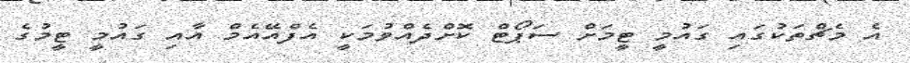
އެ މެޗްތަކުގައި ގައުމީ ޓީމަށް ސަޕޯޓް ކޮށްދެއްވުމަކީ އެފްއޭއެމް އާއި ގައުމީ ޓީމުގެ